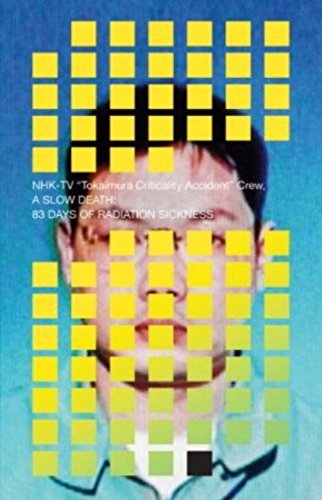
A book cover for A Slow Death: 83 Days of Radiation Sickness; Science & Math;